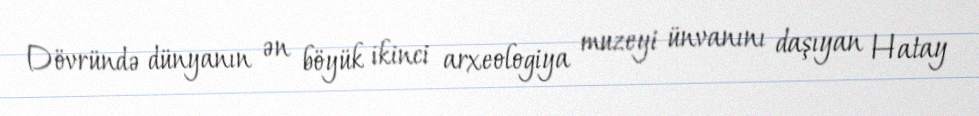
Dövründə dünyanın ən böyük ikinci arxeologiya muzeyi ünvanını daşıyan Hatay